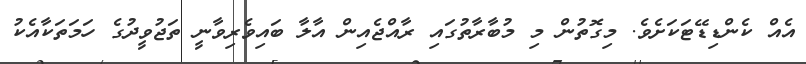
އެއް ކެންޑިޑޭޓަކަށެވެ. މިގޮތުން މި މުބާރާތުގައި ރާއްޖެއިން އާލާ ބައިވެރިވާނީ ތަޖުވީދުގެ ހަމަތަކާއެކު